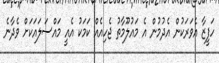
ހަފީޒާ އެވަރަކުން އެދުމުން އެ މައުލޫމާތު ޖެހިއެއް ކަމަކު އެއީ މައްސަލައަކަށް ވެދާނެ